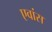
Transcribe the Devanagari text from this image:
एवांस